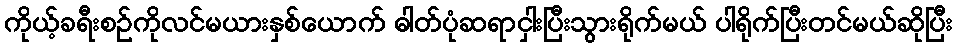
ကိုယ့်ခရီးစဉ်ကိုလင်မယားနှစ်ယောက် ဓါတ်ပုံဆရာငှါးပြီးသွားရိုက်မယ် ပါရိုက်ပြီးတင်မယ်ဆိုပြီး